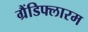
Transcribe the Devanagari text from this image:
ग्रैंडिफ्लारम